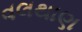
વલથાણ